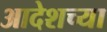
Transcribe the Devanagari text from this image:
आदेशच्या